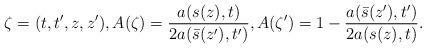
LaTeX: \begin{align*} \zeta = (t, t', z, z'), A(\zeta) = \frac{a(s(z), t)}{2a( \bar{s}(z'), t')}, A(\zeta') = 1 - \frac{a( \bar{s}(z'), t' )}{2 a(s(z),t)}.\end{align*}